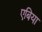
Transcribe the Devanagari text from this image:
एबिया